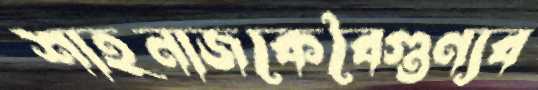
শাহনাজকেবৈগুণ্যব